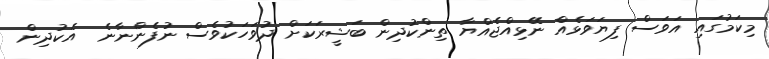
މިކަމުގައި އަވަސް ފިޔަވަޅެއް ނޭޅިއްޖެއްޔާ ތިންކުދިން ބަޝީރަކަށް ދުވަހަކުވެސް ނުފެންނާނެ  އެކުދިން